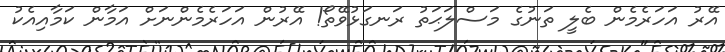
އޭރު އަހަރެމެން ބެލީ ތަނުގެ މަސްލަޙަތު ރަނގަޅުވޭތޯ! އޭރުން އަހަރެމެންނަށް އަމާން ކަމާއިއެކު